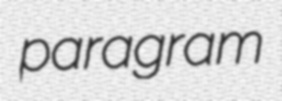
paragram